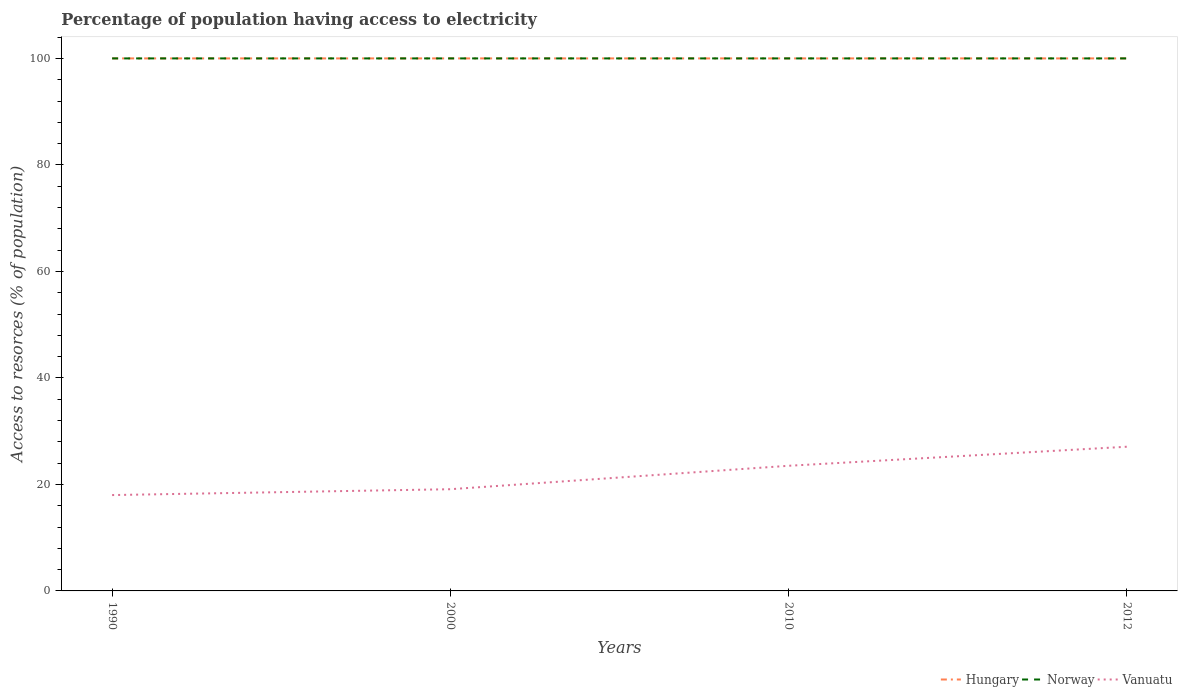
| Years | Hungary | Norway | Vanuatu |
 | --- | --- | --- | --- |
 | 1990 | 100 | 100 | 18 |
 | 2000 | 100 | 100 | 19.1 |
 | 2010 | 100 | 100 | 23.5 |
 | 2012 | 100 | 100 | 27.1 |